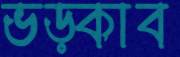
ভড়্‌কাব